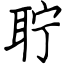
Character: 聍